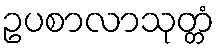
ဥပစာလာသုတ္တံ